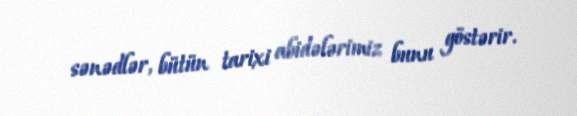
sənədlər, bütün tarixi abidələrimiz bunu göstərir.